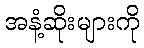
အနံ့ဆိုးများကို